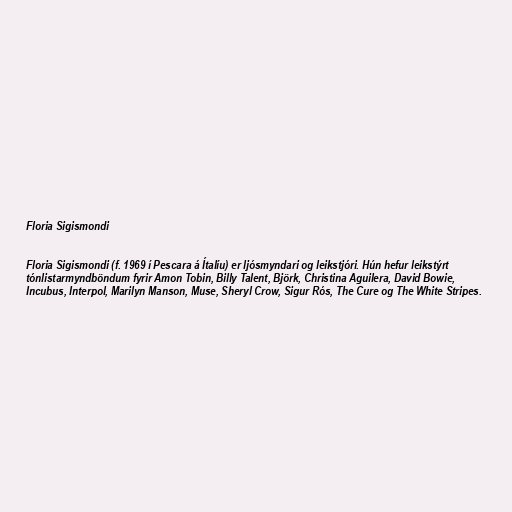
Floria Sigismondi

Floria Sigismondi (f. 1969 í Pescara á Ítalíu) er ljósmyndari og leikstjóri. Hún hefur leikstýrt
tónlistarmyndböndum fyrir Amon Tobin, Billy Talent, Björk, Christina Aguilera, David Bowie,
Incubus, Interpol, Marilyn Manson, Muse, Sheryl Crow, Sigur Rós, The Cure og The White Stripes.